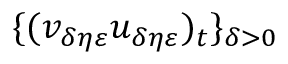
\{ ( v _ { \delta \eta \varepsilon } u _ { \delta \eta \varepsilon } ) _ { t } \} _ { \delta > 0 }